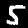
Digit: 5